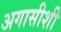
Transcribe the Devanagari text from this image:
अगासीशी